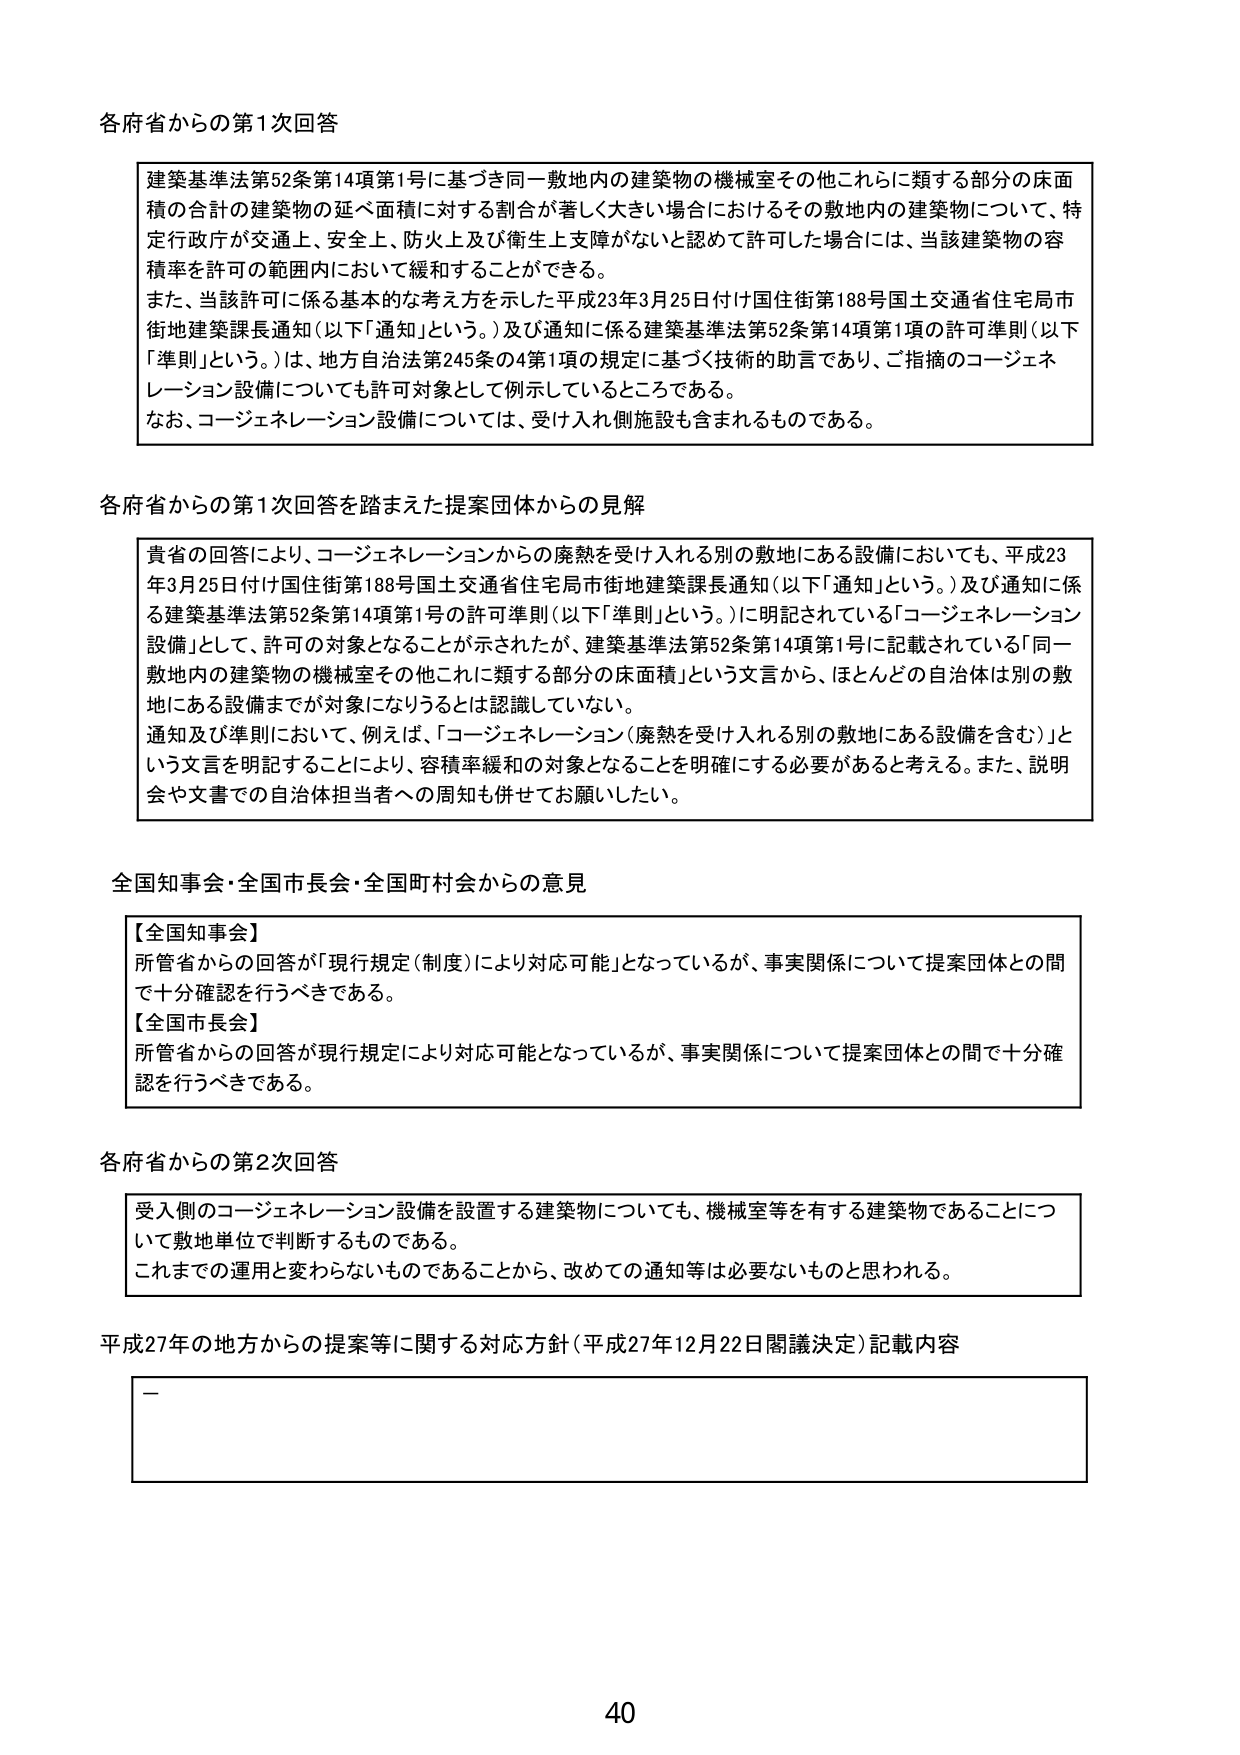
各府省からの第1次回答

建築基準法第52条第14項第1号に基づき同一敷地内の建築物の機械室その他これらに類する部分の床面積の合計の建築物の延べ面積に対する割合が著しく大きい場合におけるその敷地内の建築物について、特定行政庁が交通上、安全上、防火上及び衛生上支障がないと認めて許可した場合には、当該建築物の容積率を許可の範囲内において緩和することができる。
また、当該許可に係る基本的な考え方を示した平成23年3月25日付け国住街第188号国土交通省住宅局市街地建築課長通知（以下「通知」という。）及び通知に係る建築基準法第52条第14項第1項の許可準則（以下「準則」という。）は、地方自治法第245条の4第1項の規定に基づく技術的助言であり、ご指摘のコージェネレーション設備についても許可対象として例示しているところである。
なお、コージェネレーション設備については、受け入れ側施設も含まれるものである。

各府省からの第1次回答を踏まえた提案団体からの見解

貴省の回答により、コージェネレーションからの廃熱を受け入れる別の敷地にある設備においても、平成23年3月25日付け国住街第188号国土交通省住宅局市街地建築課長通知（以下「通知」という。）及び通知に係る建築基準法第52条第14項第1号の許可準則（以下「準則」という。）に明記されている「コージェネレーション設備」として、許可の対象となることが示されたが、建築基準法第52条第14項第1号に記載されている「同一敷地内の建築物の機械室その他これに類する部分の床面積」という文言から、ほとんどの自治体は別の敷地にある設備までが対象になりうるとは認識していない。
通知及び準則において、例えば、「コージェネレーション（廃熱を受け入れる別の敷地にある設備を含む）」という文言を明記することにより、容積率緩和の対象となることを明確にする必要があると考える。また、説明会や文書での自治体担当者への周知も併せてお願いしたい。

全国知事会・全国市長会・全国町村会からの意見

【全国知事会】
所管省からの回答が「現行規定（制度）により対応可能」となっているが、事実関係について提案団体との間で十分確認を行うべきである。
【全国市長会】
所管省からの回答が現行規定により対応可能となっているが、事実関係について提案団体との間で十分確認を行うべきである。

各府省からの第2次回答

受入側のコージェネレーション設備を設置する建築物についても、機械室等を有する建築物であることについて敷地単位で判断するものである。
これまでの運用と変わらないものであることから、改めての通知等は必要ないものと思われる。

平成27年の地方からの提案等に関する対応方針（平成27年12月22日閣議決定）記載内容

—

40